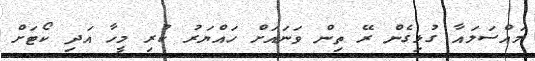
މައްސަލައާ ގުޅިގެން ރޭ ތިން ވަނައަށް ހައްޔަރު ކުރި މީހާ އަދި ކޯޓަށް